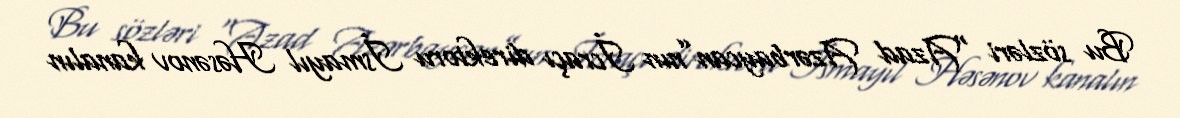
Bu sözləri “Azad Azərbaycan”nın İcraçı direktoru İsmayıl Həsənov kanalın